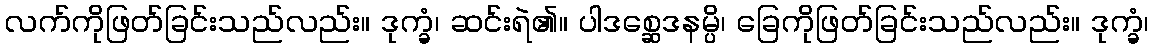
လက်ကိုဖြတ်ခြင်းသည်လည်း။ ဒုက္ခံ၊ ဆင်းရဲ၏။ ပါဒစ္ဆေဒနမ္ပိ၊ ခြေကိုဖြတ်ခြင်းသည်လည်း။ ဒုက္ခံ၊